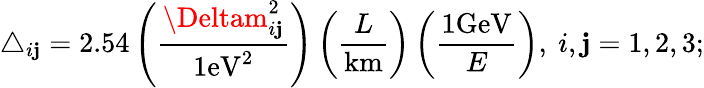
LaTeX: \triangle_{i\mathbf{j}}=2.54\left(\frac{{\Deltam_{i\mathbf{j}}^{2}}}{{1\mathrm{{eV}}^{2}}}\right)\left(\frac{{L}}{{\mathrm{{km}}}}\right)\left(\frac{{1\mathrm{{GeV}}}}{{E}}\right),~i,\mathbf{j}=1,2,3;